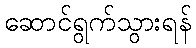
ဆောင်ရွက်သွားရန်